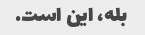
بله، این است.